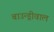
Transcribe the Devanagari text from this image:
बाउन्ड्रीवाल